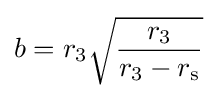
b=r_{3}{\sqrt {\frac {r_{3}}{r_{3}-r_{\text{s}}}}}